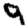
Digit: 9